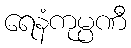
ရေနံကုမ္ပဏီ